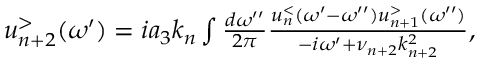
\begin{array} { r } { u _ { n + 2 } ^ { > } ( \omega ^ { \prime } ) = i a _ { 3 } k _ { n } \int \frac { d \omega ^ { \prime \prime } } { 2 \pi } \frac { u _ { n } ^ { < } ( \omega ^ { \prime } - \omega ^ { \prime \prime } ) u _ { n + 1 } ^ { > } ( \omega ^ { \prime \prime } ) } { - i \omega ^ { \prime } + \nu _ { n + 2 } k _ { n + 2 } ^ { 2 } } , } \end{array}